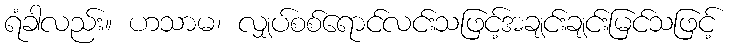
ရံခါလည်း။ ဟသာမ၊ လျှပ်စစ်ရောင်လင်းသဖြင့်အချင်းချင်းမြင်သဖြင့်